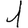
Digit: 1